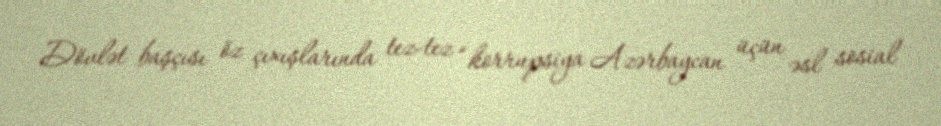
Dövlət başçısı öz çıxışlarında tez-tez “korrupsiya Azərbaycan üçün əsl sosial